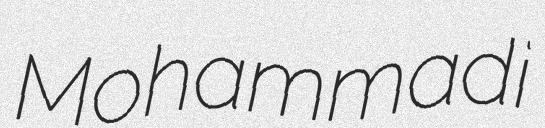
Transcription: Mohammadi